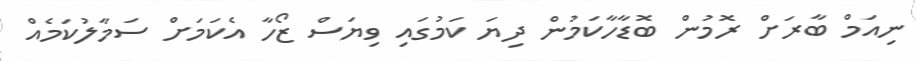
ނިއަމް ބާރަށް ރޮމުން ބޮޑާހާކަމުން ދިޔަ ކަމުގައި ވިޔަސް ޒޯހާ އެކަމަށް ސަމާލުކަމެއް